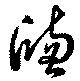
窓